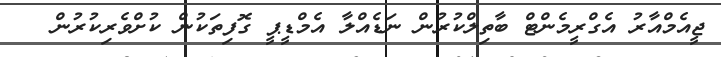
ޖީއެމްއާރު އެގްރީމެންޓް ބާތިލްކުރުން ނަޑެއްލާ އެމްޑީޕީ ގޮފިތަކުން ކުށްވެރިކުރުން